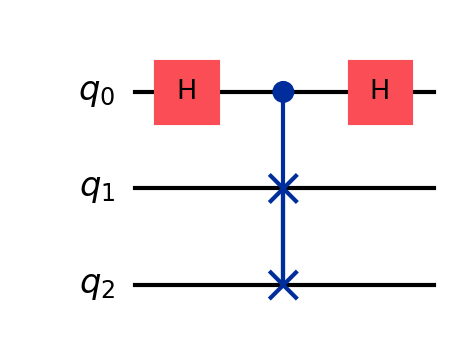
Description: SWAP test: quantum state comparison
描述: SWAP测试：量子态比较
Category: classical_algorithms (difficulty: advanced)
Qubits: 3, circuit depth: 3

Braket implementation:
from braket.circuits import Circuit
circuit = Circuit()
circuit.h(0)
circuit.cswap(0, 1, 2)
circuit.h(0)

Qiskit implementation:
from qiskit import QuantumCircuit
circuit = QuantumCircuit(3)
circuit.h(0)
circuit.cswap(0, 1, 2)
circuit.h(0)